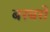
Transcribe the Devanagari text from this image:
बरबरों